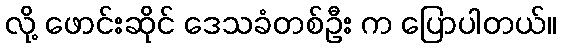
လို့ ဖောင်းဆိုင် ဒေသခံတစ်ဦး က ပြောပါတယ်။